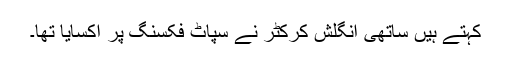
کہتے ہیں ساتھی انگلش کرکٹر نے سپاٹ فکسنگ پر اکسایا تھا۔